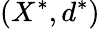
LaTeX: (X^{*},d^{*})